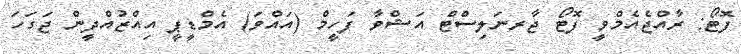
ފޮޓޯ: ރާއްޖެއެމްވީ ފޮޓޯ ޖާރނަލިސްޓް އަޝްވާ ފަހީމް (އައްވަ) އެމްޑީޕީ އިއްޒުއްދީން ޖަގަހަ